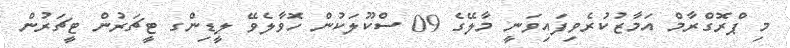
މި ޕްރޮގްރާމް އަމާޒުކުރެވިފައިވަނީ މާލޭގެ 09 ސްކޫލަކުން ހޮވާލެވޭ ލީޑިންގ ޓީޗަރުން ޓީޗަރުން